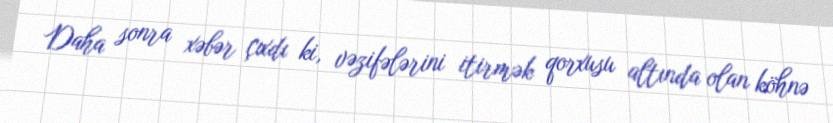
Daha sonra xəbər çıxdı ki, vəzifələrini itirmək qorxusu altında olan köhnə